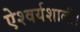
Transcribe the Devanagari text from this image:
ऐश्वर्यशाली।